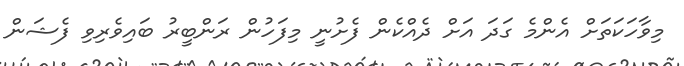
މިވާހަކަތަށް އެންމެ ގަދަ އަށް ދެއްކެން ފެށުނީ މިފަހުން ރަންބީރު ބައިވެރިވި ފެޝަން